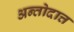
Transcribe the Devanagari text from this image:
अन्तोदात्त